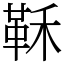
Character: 鞂